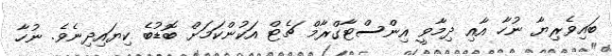
ބައިވެރިޔާ ނުހާ އާއި ދިމާވީ އިންސްޓާގްރާމް ޗެޓް އަކުންކަމަށް ބޮޑުބެ ކިޔައިދިނެވެ. ނުހާ